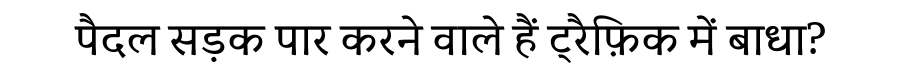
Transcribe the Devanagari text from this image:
पैदल सड़क पार करने वाले हैं ट्रैफ़िक में बाधा?